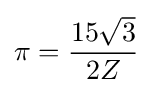
\pi ={\frac {15{\sqrt {3}}}{2Z}}